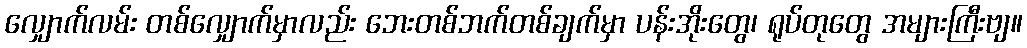
လျှောက်လမ်း တစ်လျှောက်မှာလည်း ဘေးတစ်ဘက်တစ်ချက်မှာ ပန်းအိုးတွေ၊ ရုပ်တုတွေ အများကြီးဗျ။